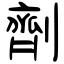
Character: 劑